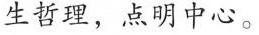
生哲理，点明中心。